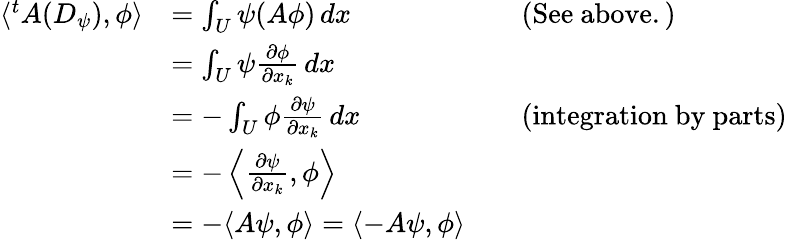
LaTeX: {\begin{array}{rlrl}{\langle^{t}A(D_{\psi}),\phi\rangle}&{=\int_{U}\psi(A\phi)\, dx}&&{{\mathrm{(See~above.)}}}\\ &{=\int_{U}\psi{\frac{\partial\phi}{\partial x_{k}}}\, dx}\\ &{=-\int_{U}\phi{\frac{\partial\psi}{\partial x_{k}}}\, dx}&&{{\mathrm{(integration~by~parts)}}}\\ &{=-\left\langle{\frac{\partial\psi}{\partial x_{k}}},\phi\right\rangle}\\ &{=-\langle A\psi,\phi\rangle=\langle-A\psi,\phi\rangle}\end{array}}